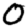
Digit: 0